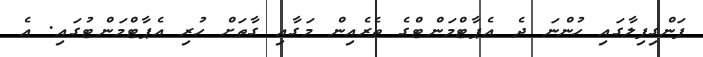
ފަންގިފިލާގައި ހުންނަ ދެ އެޕާޓްމަންޓްގެ ތެރެއިން މަގާއި ގާތަށް ހުރި އެޕާޓްމަންޓުގައި. އެ